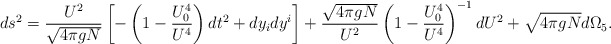
\begin{align*}ds^2 = {U^2\over \sqrt{4\pi gN}} \left[-\left(1-{U_0^4\over U^4}\right) dt^2 + dy_idy^i\right]+ {\sqrt{4\pi gN}\over U^2}\left(1-{U_0^4\over U^4}\right)^{-1} dU^2 + \sqrt{4\pi gN} d\Omega_5.\end{align*}